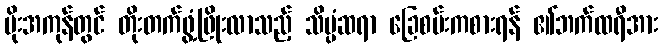
မိုးအကုန်တွင် တိုးတက်ဖွံ့ဖြိုးလာသည့် သိပ္ပံဆရာ ခြေစမ်းကစားရန် ၏ဘက်ထရီအား